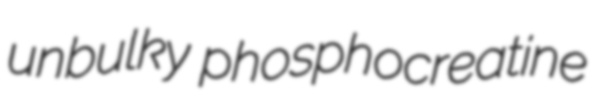
unbulky phosphocreatine